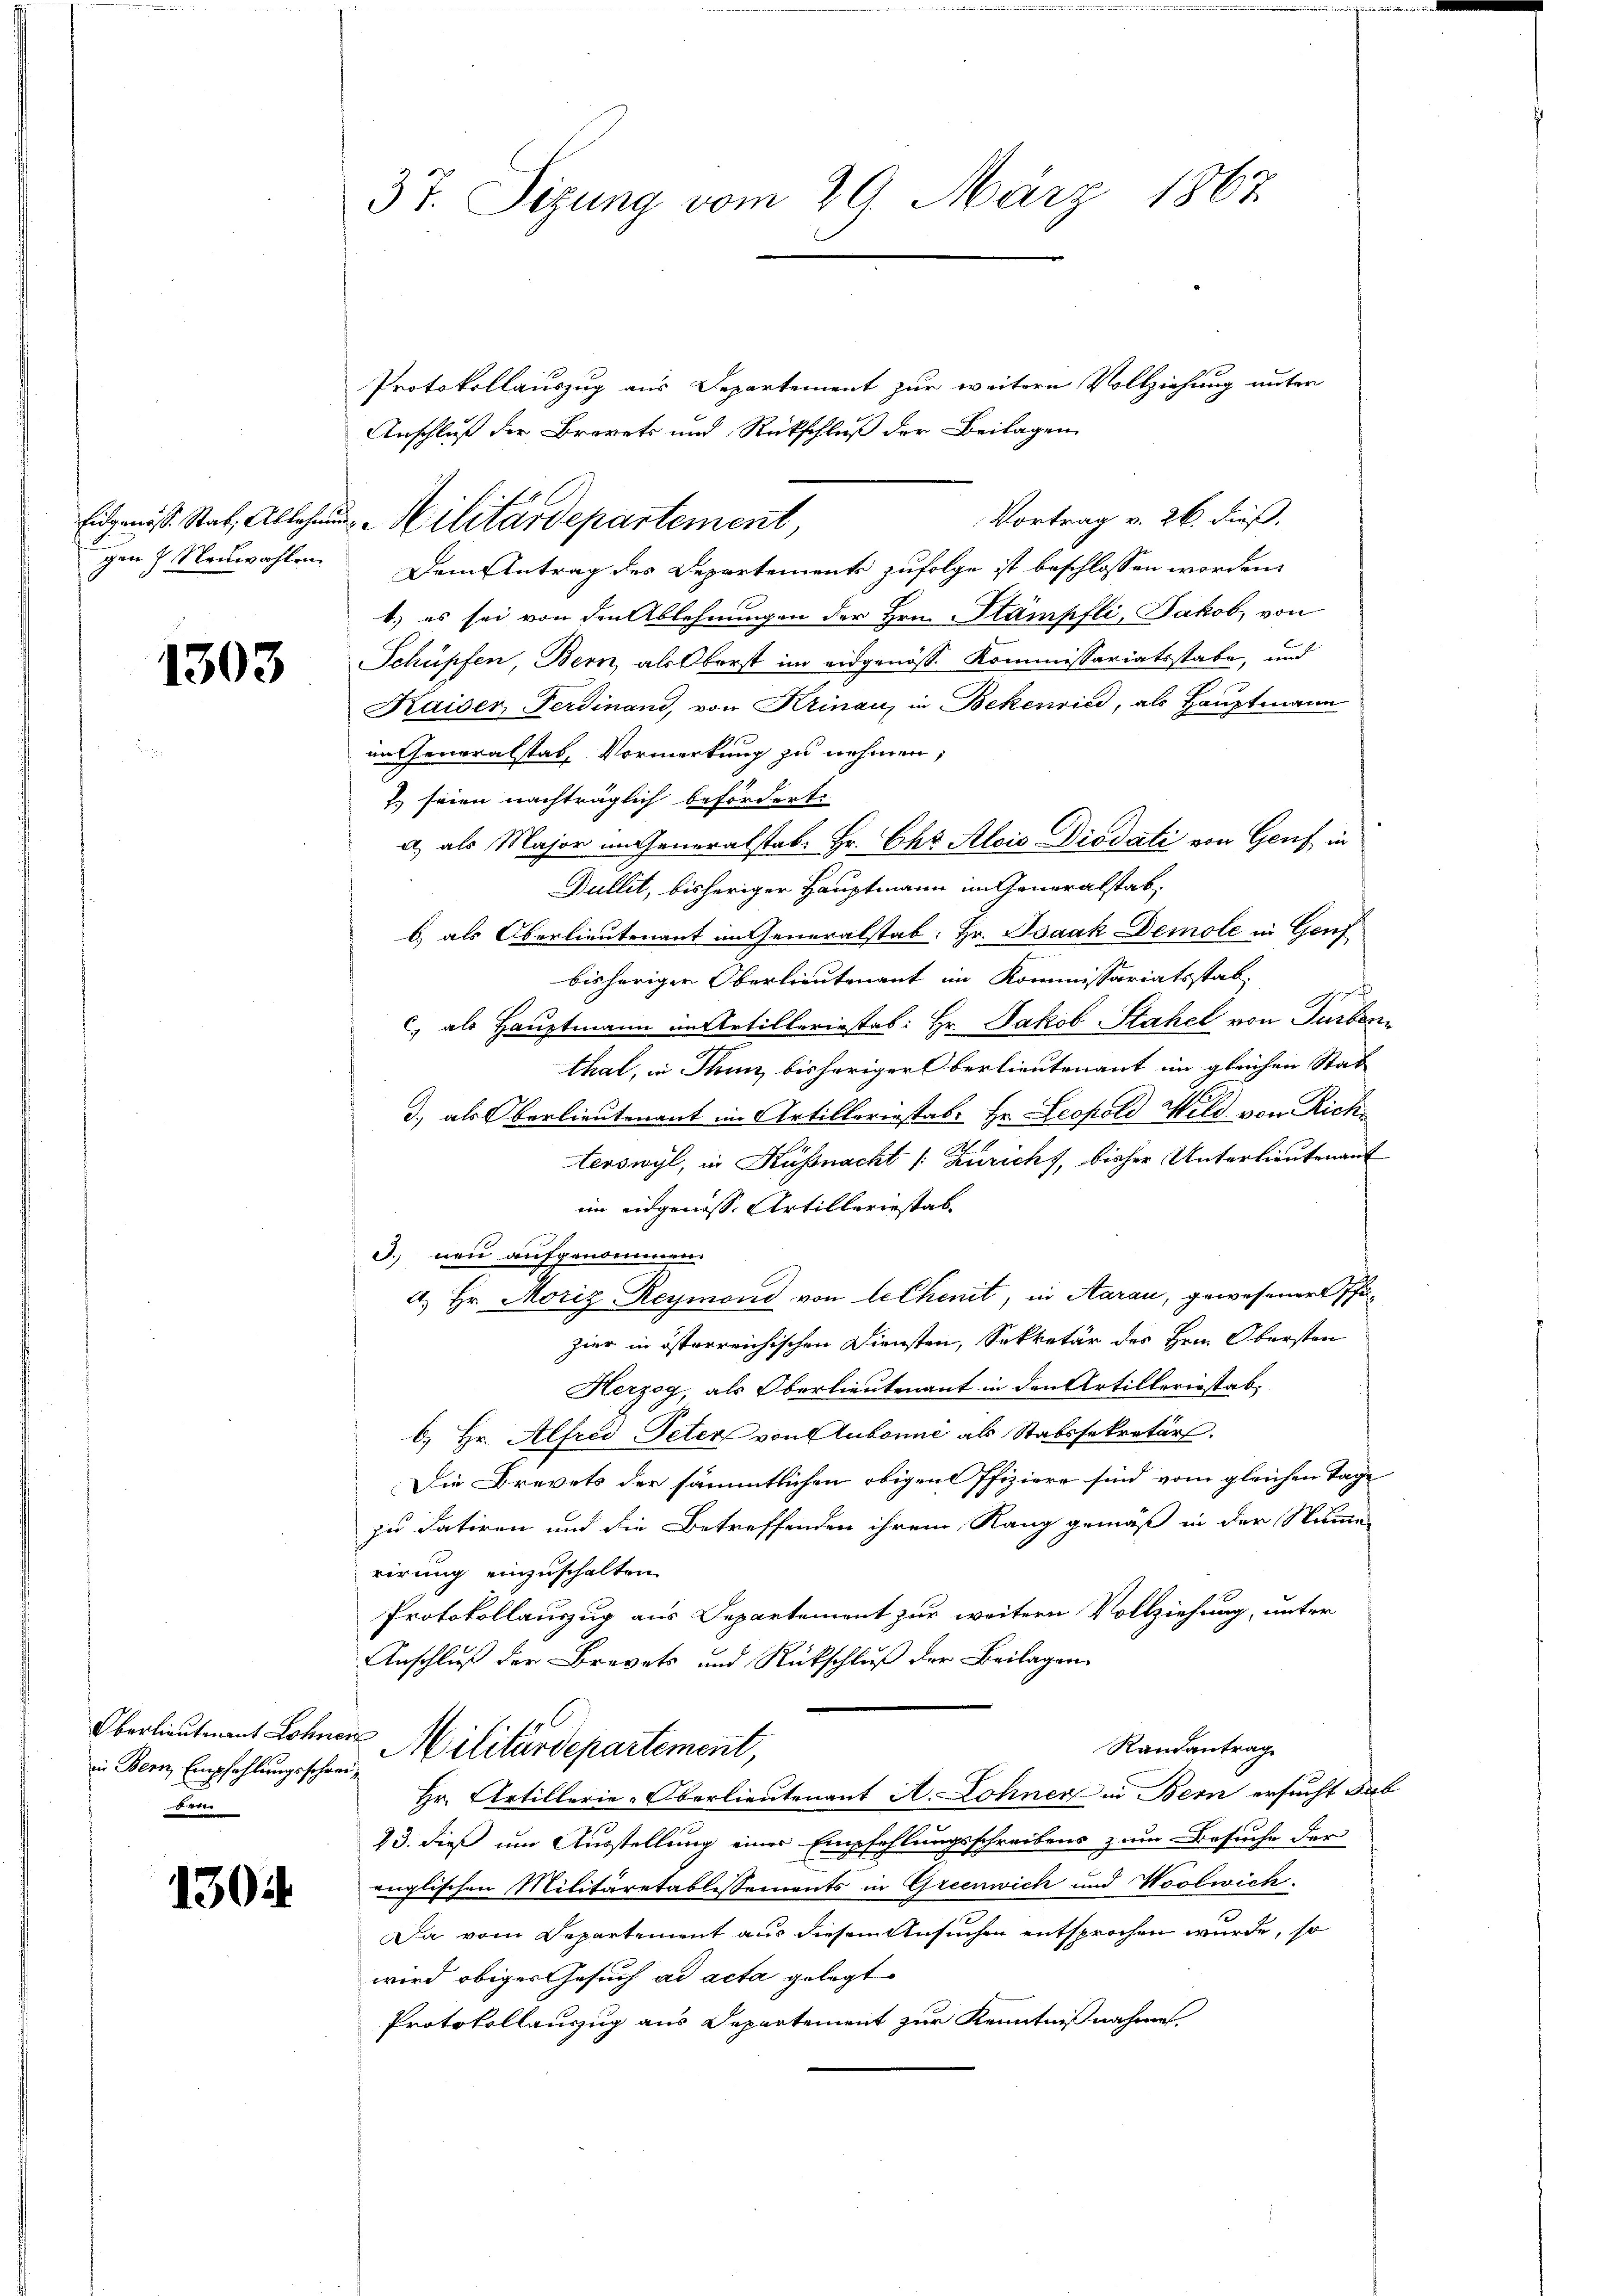
gen Neuwahlen

1303

Oberlieutenant Lohner
in Bern Empfehlungsschreire

1302

37. Sizung vom 29. März 1867

Protokollauszug aus Departement zur weitern Vollziehung unter
Anschluß der Brevets und Rückschluß der Beilagen
Vortrag v. 26. dieß.
Dem Antrag des Departements zufolge ist beschlossen worden.
4.) es sei von den Ablehnungen der Hrn. Stämpfli, Jakob, von
Schüpfen, Bern, als Oberst im eidgenöss. Kommissariatsstabe, und
Kaiser Ferdinand, von Krinau, in Bekenrie, als Hauptmann
in Generalstab, Vormerkung zu nehmen;
7. seien nachträglich befördert.
a, als Major im Generalstab. Hr. Chr. Alois Diodati von Genf in
Dullit, bisheriger Hauptmann im Generalstab,
b. als Oberlieutenant im Generalstab: Hr. Isaak Demole in Genf
bisheriger Oberlieutenant im Kommissariatsstab,
Heffe
c, als Hauptmann im Artilleriestab: Hr. Jakob Stahel von Turben
thal, in Thun, bisheriger Oberlieutenant im gleichen Stat
3., als Oberlieutenant im Artillererstat. Hr. Leopold Wild von Richterswyl, in Küßnacht /: Zürich, bisher Unterlieutenant
im eidgenoss. Artilleriestab
J. neu aufgenommen.
4. Hr. Moriz Reymond von techenit, in Aarau, gewesener Pfihier in österreichischen Diensten, Sekretär des Hrn. Obersten
Herzog, als Oberlieutenant in den Artilleriestab,
b) Hr. Alfred Peter von Aubonne als Stabssekretärs.
Die Brevets der sämmtlichen obigen Pfiziere sind vom gleichen Tage
zu datiren und die Betreffenden ihrem Rang gemäß in der Namen
rirung einzuschalten.
Protokollauszug aus Departement zur weitern Vollziehung, unter
Anschluß der Brevets und Rückschluß der Beilagen
Randantrag
Militärdepartement,
Hr. Artillerie-Oberlieutenant A. Lohner in Bern ersucht dab
13. dieß um Ausstellung einer Empfehlungsschreibens zum Besuche der
englischen Militäretablissements in Greenwich und Woolwich
Da vom Departement aus diesem Ansuchen entsprochen wurde, so
wird obiger Gesuch ad acta gelegt
Protokollauszug aus Departement zur Kenntnißnahmen.

Eidgenöss. Stat. Ablehen Militärdepartement,